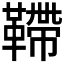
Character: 𩌴